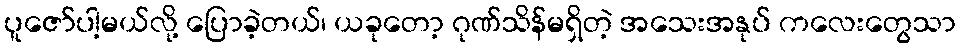
ပူဇော်ပါ့မယ်လို့ ပြောခဲ့တယ်၊ ယခုတော့ ဂုဏ်သိန်မရှိတဲ့ အသေးအနုပ် ကလေးတွေသာ